Indian Medical Review
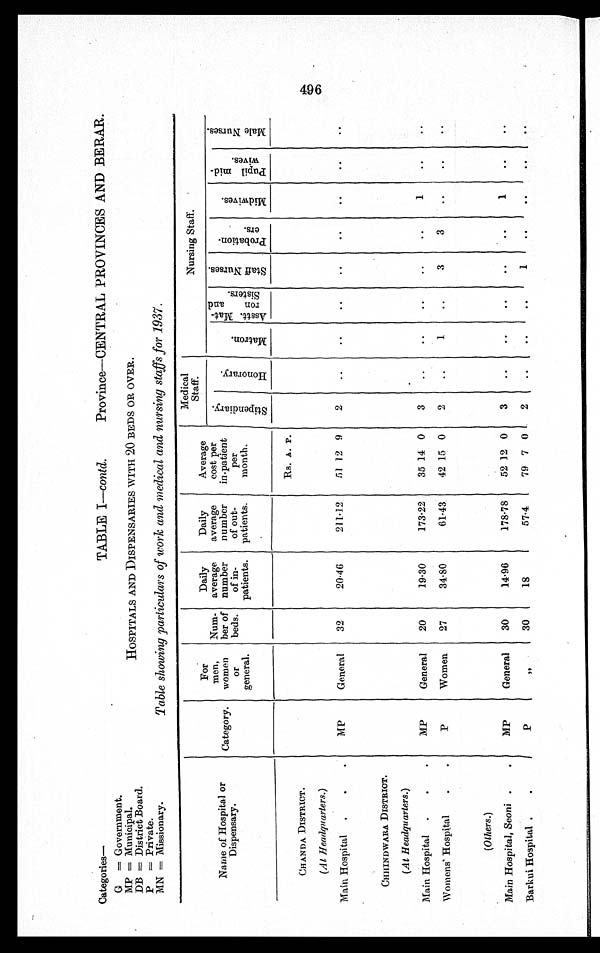
TABLE I—contd.
Province—CENTRAL PROVINCES AND BERAR.
HOSPITALS AND DISPENSARIES WITH 20 BEDS OR OVER.
Table showing particulars of work and medical and nursing staffs for 1937.
Categories
G = Government.
MP = Municipal.
DB = District Board.
P = Private.
MN = Missionary.
Name of Hospital or
Dispensary.
Category.
For
men,
women
or
general.
Num-
ber of
beds.
Daily
average
number
of in-
patients.
Daily
average
number
of out-
patients.
Average
cost per
in-patient
per
month.
Medical
Staff
.
Nursing Staff.
S t i p e n d i a r y .
H o n o r a r y .
M a t r o n .
A s s t t . M a t - r o n a n d S i s t e r s .
S t a f f N u r s e s .
P r o b a t i o n - e r s
M i d w i v e s .
P u p i l m i d - w i v e s .
M a l e N u r s e s .
Rs. A. P.
CHANDA DISTRICT.
(At Headquarters.)
Main Hospital
MP
General
32
20.46
211.12
51 12 9
2
..
..
..
..
..
..
..
..
CHHINDWARA DISTRICT.
(At Headquarters.)
Main Hospital
MP
General
20
19.30
173.22
35 14 0
3
..
..
..
..
. .
1
. .
. .
Womens' Hospital
P
Women
27
34.80
61.43
42 15 0
2
..
1
..
3
3
. .
..
..
(Others.)
Main Hospital, Seoni
MP
General
30
14.96
178.78
52 12 0
3
..
..
..
..
..
1
. .
. .
Barkui Hospital
P
"
30
18
57.4
79 7 0
2
..
..
..
1
..
..
. .
. .